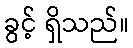
ခွင့် ရှိသည်။